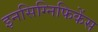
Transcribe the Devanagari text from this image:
इनसिग्निफिकेंस